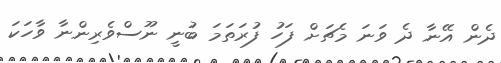
ދެން އޭނާ ދެ ވަނަ މެޗަށް ފަހު ފުރަތަމަ ބުނީ ނޫސްވެރިންނާ ވާހަކަ